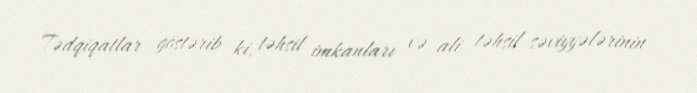
Tədqiqatlar göstərib ki, təhsil imkanları və ali təhsil səviyyələrinin